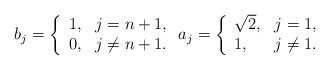
LaTeX: \begin{align*}b_j=\left\{ \begin{array}{ll} 1, & j=n+1, \\ 0, & j\not=n+1. \end{array}\right.a_j=\left\{ \begin{array}{ll} \sqrt2, & j=1, \\ 1, & j\not=1. \end{array}\right.\end{align*}